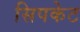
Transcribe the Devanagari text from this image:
सिपकेट